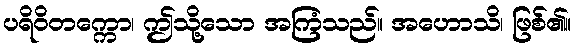
ပရိဝိတက္ကော၊ ဤသို့သော အကြံသည်။ အဟောသိ၊ ဖြစ်၏။